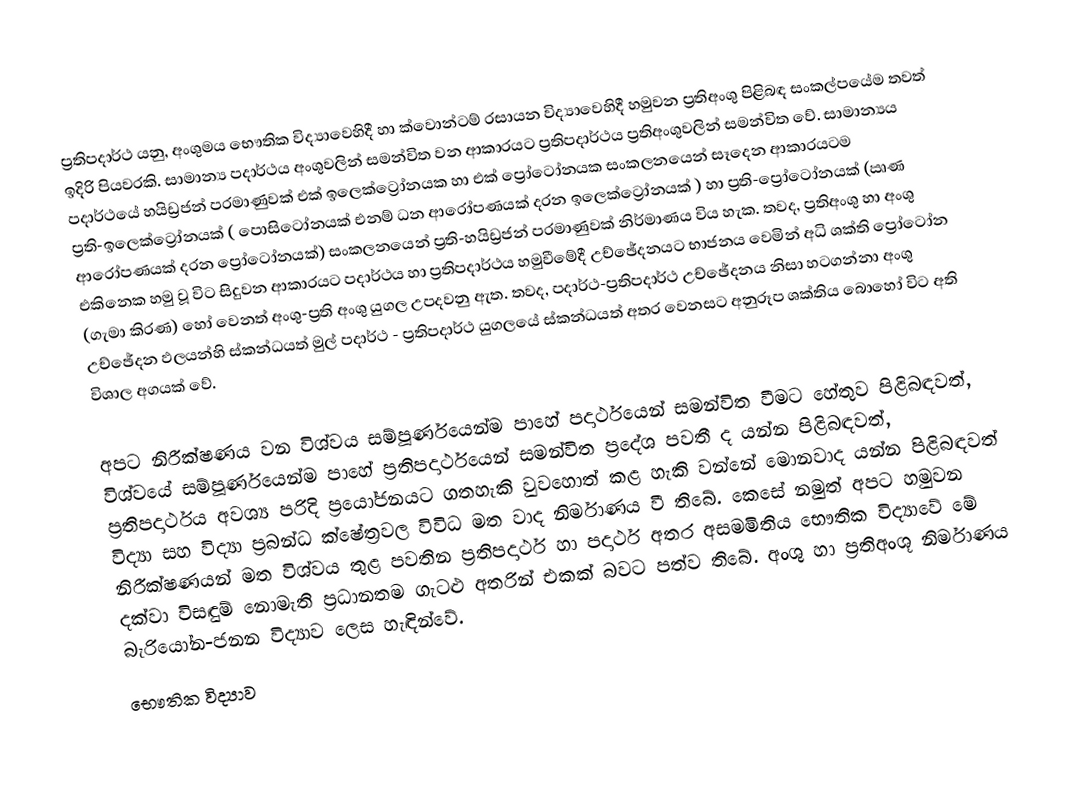
ප්‍රතිපදාර්ථ යනු, අංශුමය භෞතික විද්‍යාවෙහිදී හා ක්වොන්ටම් රසායන විද්‍යාවෙහිදී හමුවන ප්‍රතිඅංශු පිළිබඳ සංකල්පයේම තවත් ඉදිරි පියවරකි.  සාමාන්‍ය පදාර්ථය අංශුවලින් සමන්විත වන ආකාරයට ප්‍රතිපදාර්ථය ප්‍රතිඅංශුවලින් සමන්විත වේ. සාමාන්‍යය පදාර්ථයේ හයිඩ්‍රජන් පරමාණුවක් එක් ඉලෙක්ට්‍රෝනයක හා එක් ප්‍රෝටෝනයක සංකලනයෙන් සෑදෙන ආකාරයටම ප්‍රති-ඉලෙක්ට්‍රෝනයක් ( පොසිටෝනයක් එනම් ධන ආරෝපණයක් දරන ඉලෙක්ට්‍රෝනයක් ) හා ප්‍රති-ප්‍රෝටෝනයක් (ඍණ ආරෝපණයක් දරන ප්‍රෝටෝනයක්) සංකලනයෙන් ප්‍රති-හයිඩ්‍රජන් පරමාණුවක් නිර්මාණය විය හැක‍. තවද, ප්‍රතිඅංශු හා අංශු එකිනෙක හමු වූ විට සිදුවන ආකාරයට පදාර්ථය හා ප්‍රතිපදාර්ථය හමුවීමේදී උච්ඡේදනයට භාජනය වෙමින් අධි ශක්ති ප්‍රෝටෝන (ගැමා කිරණ) හෝ වෙනත්  අංශු-ප්‍රති අංශු යුගල උපදවනු ඇත. තවද, පදාර්ථ-ප්‍රතිපදාර්ථ උච්ඡේදනය නිසා හටගන්නා අංශු උච්ඡේදන ඵලයන්හි ස්කන්ධයත් මුල් පදාර්ථ - ප්‍රතිපදාර්ථ යුගලයේ ස්කන්ධයත් අතර වෙනසට අනුරූප ශක්තිය බොහෝ විට අති විශාල අගයක් වේ.

අපට නිරීක්ෂණය වන විශ්වය සම්පූර්ණයෙන්ම පාහේ පදාර්ථයෙන් සමන්විත වීමට  හේතුව පිළිබඳවත්, විශ්වයේ සම්පූර්ණයෙන්ම පාහේ ප්‍රතිපදාර්ථයෙන් සමන්විත ප්‍රදේශ පවතී ද යන්න පිළිබඳවත්, ප්‍රතිපදාර්ථය අවශ්‍ය පරිදි  ප්‍රයෝජනයට ගතහැකි වුවහොත් කළ හැකි වන්නේ මොනවාද යන්න පිළිබඳවත් විද්‍යා සහ විද්‍යා ප්‍රබන්ධ ක්ෂේත්‍රවල විවිධ මත වාද නිර්මාණය වී තිබේ. කෙසේ නමුත් අපට හමුවන නිරීක්ෂණයන් මත විශ්වය තුළ පවතින ප්‍රතිපදාර්ථ හා පදාර්ථ අතර අසමමිතිය භෞතික විද්‍යාවේ මේ දක්වා විසඳුම් නොමැති ප්‍රධානතම ගැටළු අතරින් එකක් බවට පත්ව තිබේ. අංශු හා ප්‍රතිඅංශූ නිර්මාණය බැරියෝන-ජනන විද්‍යාව ලෙස හැඳින්වේ.
භෞතික විද්‍යාව